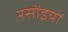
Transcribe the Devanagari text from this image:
रसोंइयों